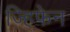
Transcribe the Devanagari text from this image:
ज्हिफेन